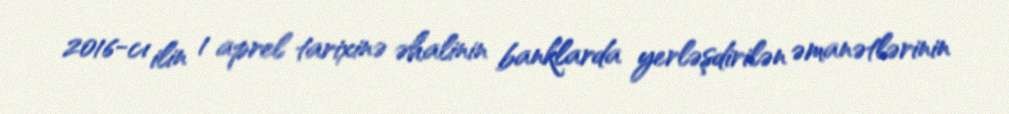
2016-cı ilin 1 aprel tarixinə əhalinin banklarda yerləşdirilən əmanətlərinin